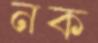
নক